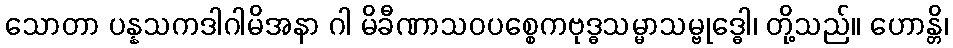
သောတာ ပန္နသကဒါဂါမိအနာ ဂါ မိခီဏာသဝပစ္စေကဗုဒ္ဓသမ္မာသမ္ဗုဒ္ဓေါ၊ တို့သည်။ ဟောန္တိ၊